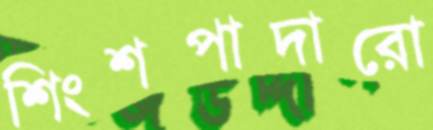
শিংশপাদারো